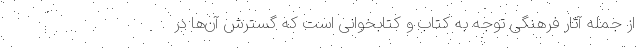
از جمله آثار فرهنگی توجه به کتاب و کتابخوانی است که گسترش آن‌ها در